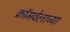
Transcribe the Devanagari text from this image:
क्रॉमवेलाच्या